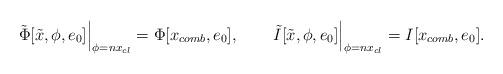
LaTeX: \begin{align*}\left.\tilde{\Phi}[\tilde{x},\phi,e_{0}]\right|_{\phi=nx_{cl}}=\Phi[x_{comb},e_{0}],\qquad\left.\tilde{I}[\tilde{x},\phi,e_{0}]\right|_{\phi=nx_{cl}}=I[x_{comb},e_{0}].\end{align*}